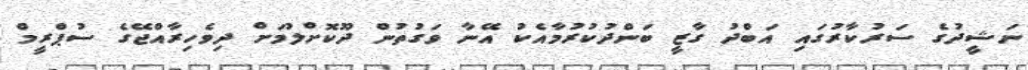
ނަޝީދުގެ ސަރުކާރުގައި އަބްދު ގާޒީ ބަންދުކުރުމާއެކު އޭނާ ވަގުތުން ދޫކޮށްލުމަށް ދިވެހިރާއްޖޭގެ ސުޕްރީމް